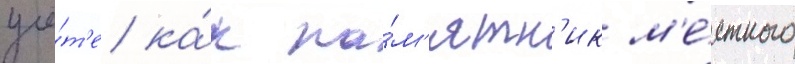
учё́т'е ка́к па́м'ятн'ик м'е́стного